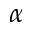
\alpha